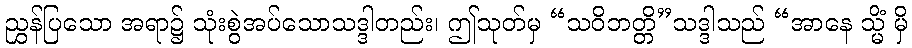
ညွှန်ပြသော အရာ၌ သုံးစွဲအပ်သောသဒ္ဒါတည်း၊ ဤသုတ်မှ “သဝိဘတ္တိ”သဒ္ဒါသည် “အာနေ သ္မိံ မှိ